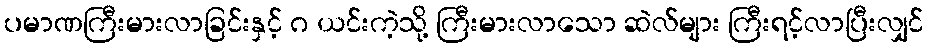
ပမာဏကြီးမားလာခြင်းနှင့် ဂ ယင်းကဲ့သို့ ကြီးမားလာသော ဆဲလ်များ ကြီးရင့်လာပြီးလျှင်